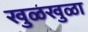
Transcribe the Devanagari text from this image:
खुळखुळा